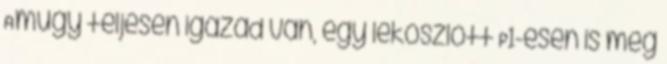
Amugy teljesen igazad van, egy lekoszlott P1-esen is meg